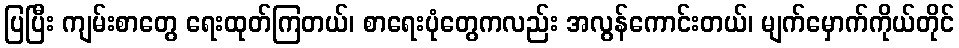
ပြပြီး ကျမ်းစာတွေ ရေးထုတ်ကြတယ်၊ စာရေးပုံတွေကလည်း အလွန်ကောင်းတယ်၊ မျက်မှောက်ကိုယ်တိုင်